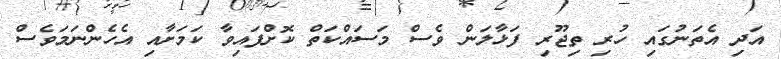
އަދި އެތަނުގައި ހުރި ތިޖޫރި ފަޅާލަން ވެސް މަސައްކަތް ކޮށްފައިވާ ކަމަށާއި އެހެންނަމަވެސް